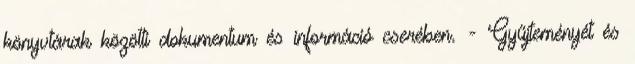
könyvtárak közötti dokumentum és információ cserében. - Gyűjteményét és